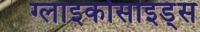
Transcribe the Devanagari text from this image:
ग्लाइकोसाइड्स